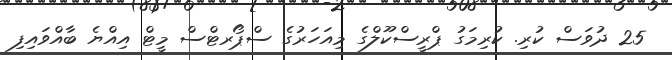
25 ދުވަސް ކުރި. ކުރިމަގު ޕްރީސްކޫލްގެ މިއަހަރުގެ ސްޕޯރޓްސް މީޓް އިއްޔެ ބާއްވައިފި